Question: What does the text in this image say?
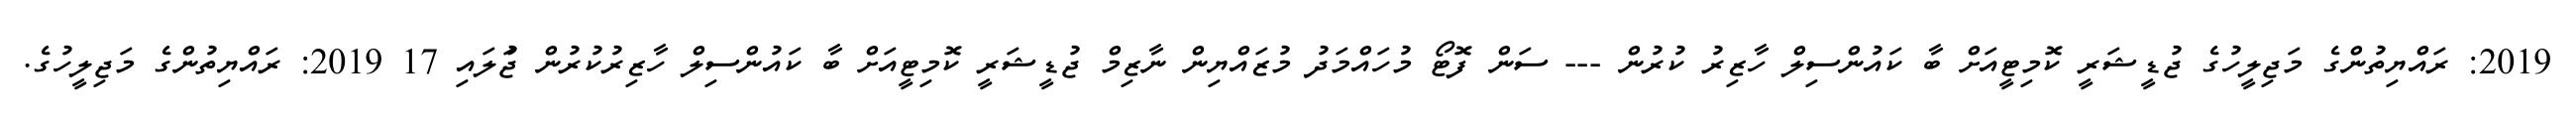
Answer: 2019: ރައްޔިތުންގެ މަޖިލީހުގެ ޖުޑީޝަރީ ކޮމިޓީއަށް ބާ ކައުންސިލް ހާޒިރު ކުރުން --- ސަން ފޮޓޯ މުހައްމަދު މުޒައްޔިން ނާޒިމް ޖުޑީޝަރީ ކޮމިޓީއަށް ބާ ކައުންސިލް ހާޒިރުކުރުން ޖުަލައި 17 2019: ރައްޔިތުންގެ މަޖިލީހުގެ.